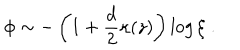
LaTeX: \phi \sim - \left( 1 + \frac { d } { 2 } \kappa ( z ) \right) \log \xi \; .